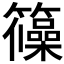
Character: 𮆺